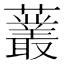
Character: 䕺